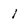
Character: 1